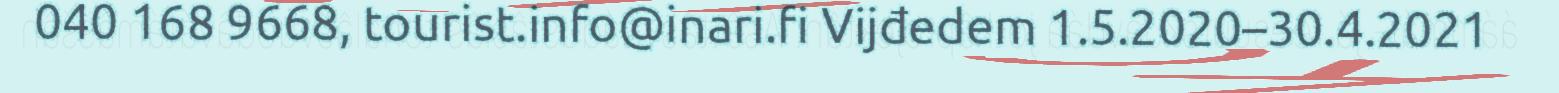
040 168 9668, tourist.info@inari.fi Vijđedem 1.5.2020–30.4.2021